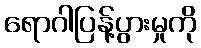
ရောဂါပြန့်ပွားမှုကို